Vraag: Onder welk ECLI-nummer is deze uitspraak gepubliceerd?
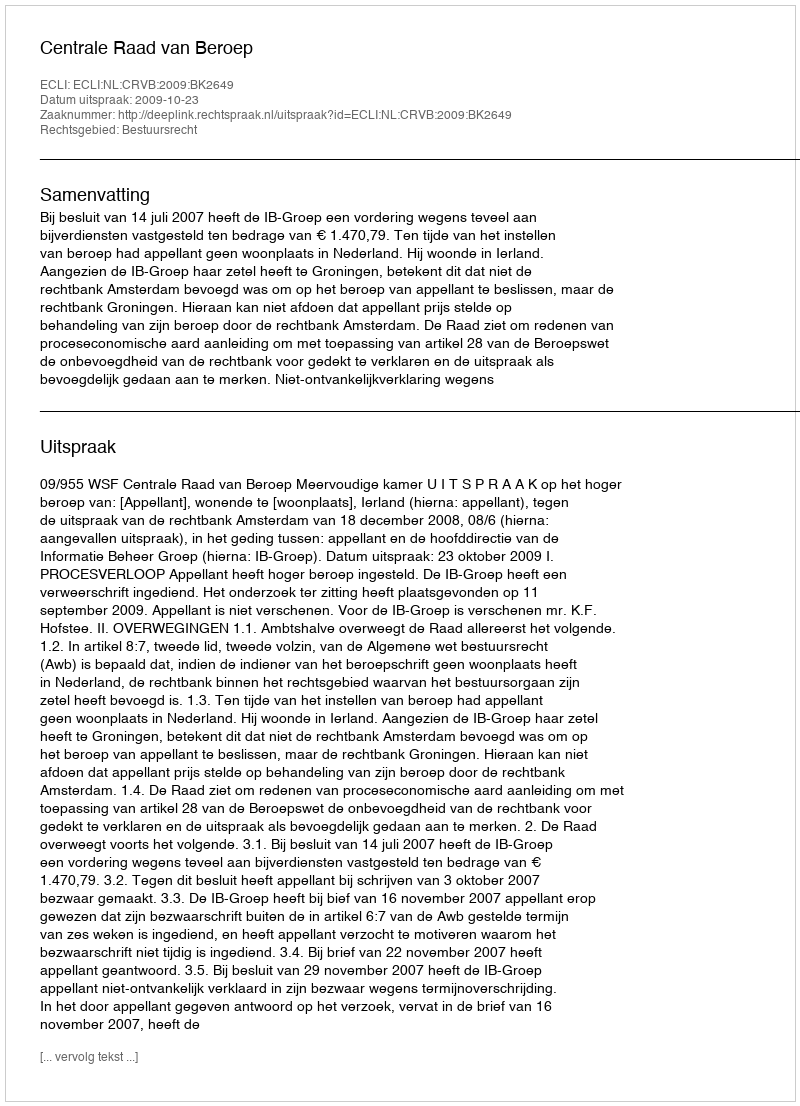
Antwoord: ECLI:NL:CRVB:2009:BK2649